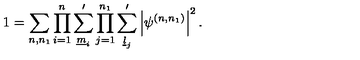
1 = \sum _ { n , n _ { 1 } } \prod _ { i = 1 } ^ { n } \sum _ { \underline { { m } } _ { i } } ^ { \prime } \prod _ { j = 1 } ^ { n _ { 1 } } \sum _ { \underline { { l } } _ { j } } ^ { \prime } \left| \psi ^ { ( n , n _ { 1 } ) } \right| ^ { 2 } .